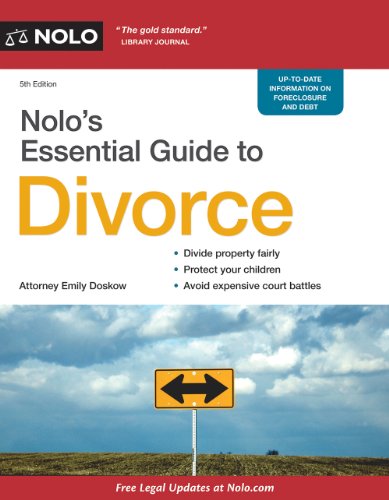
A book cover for Nolo's Essential Guide to Divorce; Emily Doskow; Parenting & Relationships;